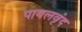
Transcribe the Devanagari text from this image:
पायलवृंद